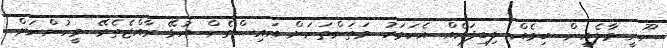
ނޫނީ މާލެއިން. ބިމެއް. ލިބިފައެއް. އެކަމަކު. މަތަންތަނަށް އައިސްގެން. އުޅޭ ރާއްޖެތެރޭ. މީހުންނަށް